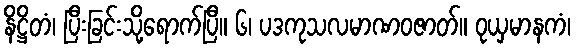
နိဋ္ဌိတံ၊ ပြီးခြင်းသို့ရောက်ပြီ။ ၆၊ ပဒကုသလမာဏဝဇာတ်။ ဝုယှမာနကံ၊